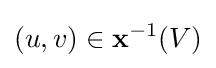
(u,v)\in \mathbf {x} ^{-1}(V)